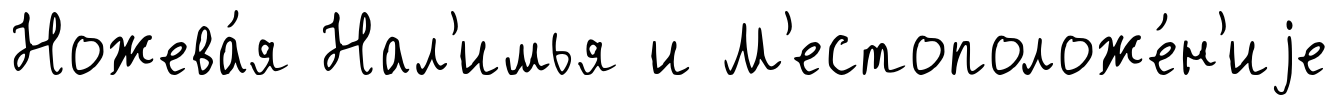
Ножева́я Нал'имья и М'естоположе́н'иjе